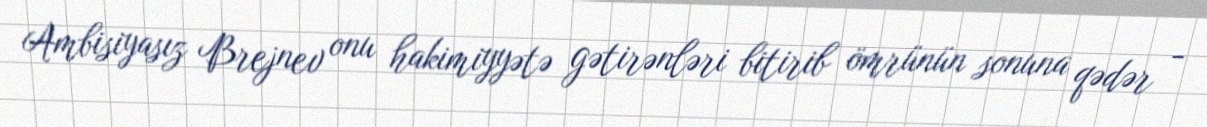
Ambisiyasız Brejnev onu hakimiyyətə gətirənləri bitirib ömrünün sonuna qədər -